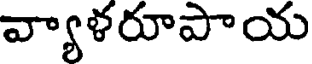
వ్యాళరూపాయ